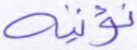
نؤتيه